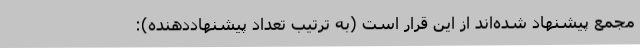
مجمع پیشنهاد شده‌اند از این قرار است (به ترتیب تعداد پیشنهاددهنده):